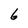
Character: 6